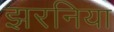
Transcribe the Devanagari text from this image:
झरनिया